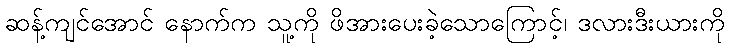
ဆန့်ကျင်အောင် နောက်က သူ့ကို ဖိအားပေးခဲ့သောကြောင့်၊ ဒလားဒီးယားကို